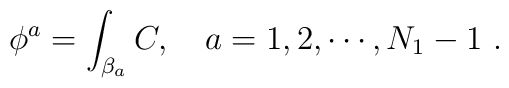
\phi^a=\int_{\beta_a} C,\quad a=1,2,\cdots, N_1-1 \ .